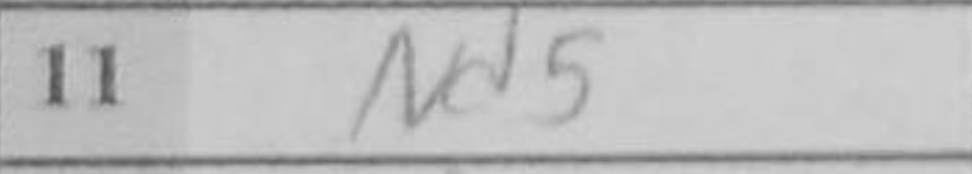
Transcription: Nd5